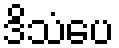
ဒိသံပေ